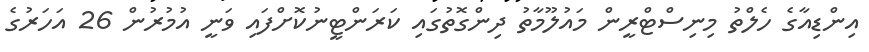
އިންޑިއާގެ ހެލްތު މިނިސްޓްރީން މައުލޫމާތު ދިންގޮތުގައި ކަރަންޓީނުކޮށްފައި ވަނީ އުމުރުން 26 އަހަރުގެ